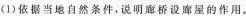
(1)依据当地自然条件，说明廊桥设廊屋的作用。